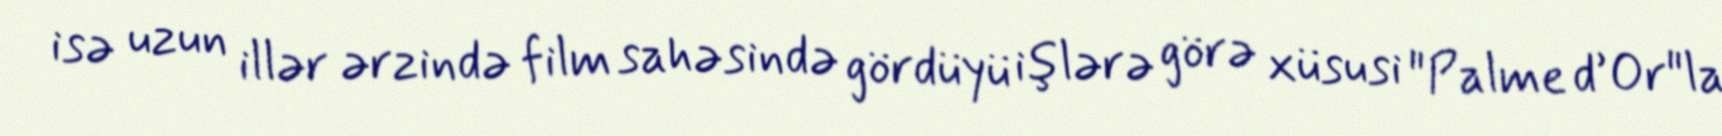
isə uzun illər ərzində film sahəsində gördüyü işlərə görə xüsusi "Palme d’Or"la